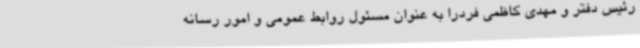
رئیس دفتر و مهدی کاظمی فردرا به عنوان مسئول روابط عمومی و امور رسانه